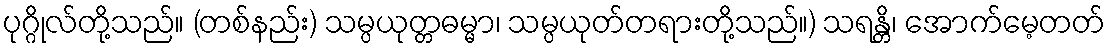
ပုဂ္ဂိုလ်တို့သည်။ (တစ်နည်း) သမ္ပယုတ္တဓမ္မာ၊ သမ္ပယုတ်တရားတို့သည်။) သရန္တိ၊ အောက်မေ့တတ်